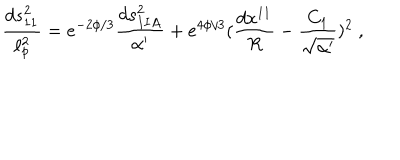
LaTeX: { \frac { d s _ { 1 1 } ^ { 2 } } { \ell _ { p } ^ { 2 } } } = e ^ { - 2 \phi / 3 } { \frac { d s _ { I I A } ^ { 2 } } { \alpha ^ { \prime } } } + e ^ { 4 \phi / 3 } ( { \frac { d x ^ { 1 1 } } { R } } - { \frac { C _ { 1 } } { \sqrt { \alpha ^ { \prime } } } } ) ^ { 2 } \ ,